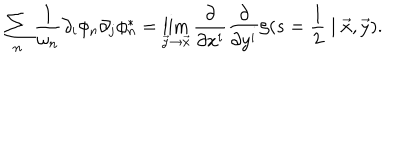
\sum _ { n } \frac { 1 } { \omega _ { n } } \partial _ { i } \phi _ { n } \partial _ { j } \phi _ { n } ^ { * } = \lim _ { \vec { y } \rightarrow \vec { x } } \frac { \partial } { \partial x ^ { i } } \frac { \partial } { \partial y ^ { i } } \zeta ( s = \frac { 1 } { 2 } \mid \vec { x } , \vec { y } ) .